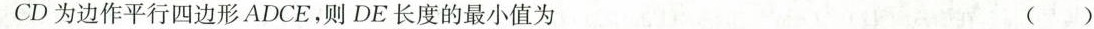
CD为边作平行四边形ADCE，则DE长度的最小值为 ()